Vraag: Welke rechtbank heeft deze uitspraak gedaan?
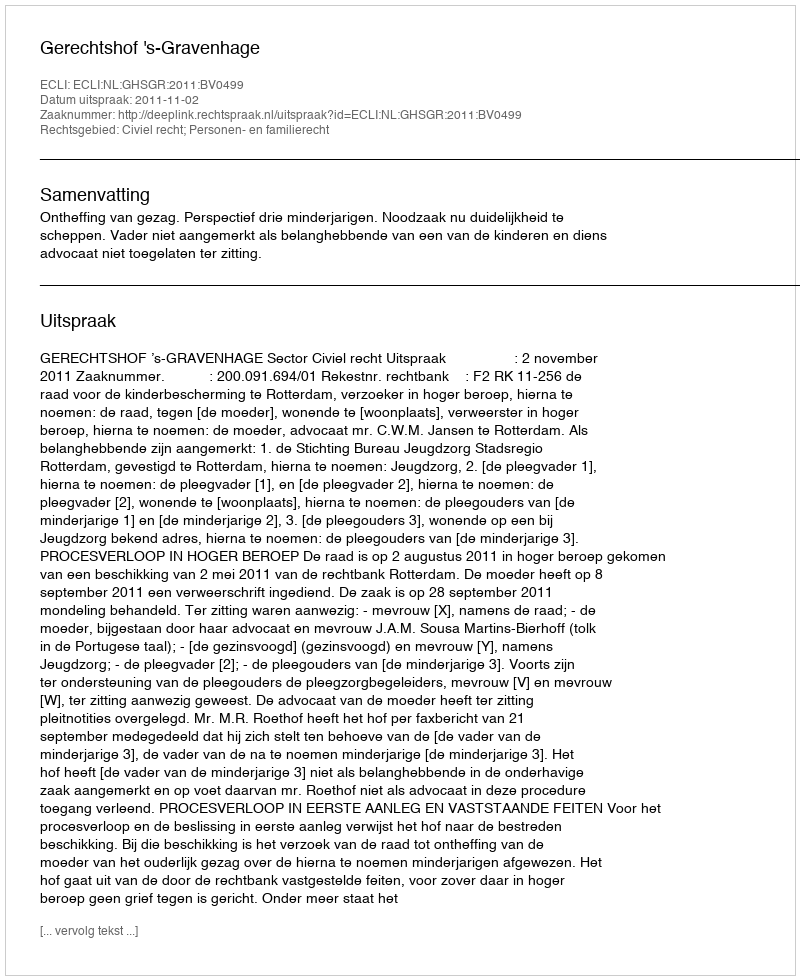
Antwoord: Gerechtshof 's-Gravenhage